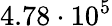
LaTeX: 4.78\cdot 10^{5}